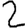
Digit: 2